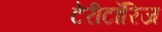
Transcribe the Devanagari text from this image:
टेरीटॉरिज